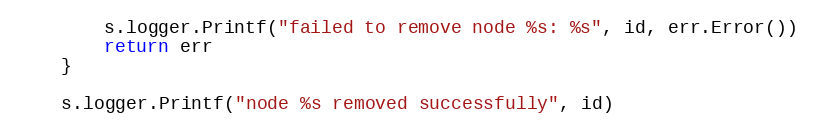
Language: Go
		s.logger.Printf("failed to remove node %s: %s", id, err.Error())
		return err
	}

	s.logger.Printf("node %s removed successfully", id)